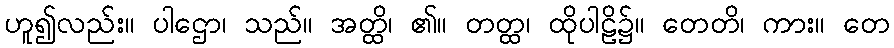
ဟူ၍လည်း။ ပါဌော၊ သည်။ အတ္ထိ၊ ၏။ တတ္ထ၊ ထိုပါဠိ၌။ တေတိ၊ ကား။ တေ